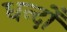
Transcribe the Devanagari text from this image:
धन्दोँ